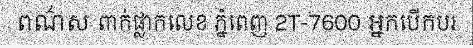
ពណ៌ស ពាក់ផ្លាកលេខ ភ្នំពេញ 2T-7600 អ្នកបើកបរ